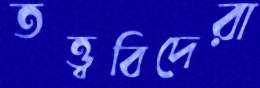
তত্ত্ববিদেরা